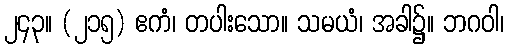
၂၄၃။ (၂၁၅) ဧကံ၊ တပါးသော။ သမယံ၊ အခါ၌။ ဘဂဝါ၊